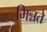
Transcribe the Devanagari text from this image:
मिन्नते